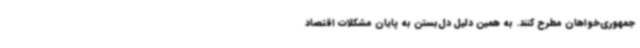
جمهوری‌خواهان مطرح کنند. به همین دلیل دل‌بستن به پایان مشکلات اقتصاد